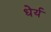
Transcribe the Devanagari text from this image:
धेर्य